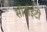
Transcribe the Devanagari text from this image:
सीटीईटी